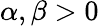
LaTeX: \alpha,\beta>0